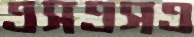
এসএসএ